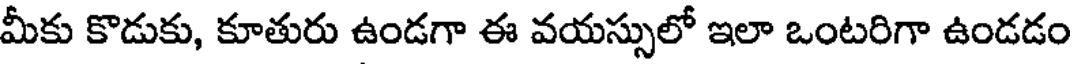
మీకు కొడుకు, కూతురు ఉండగా ఈ వయస్సులో ఇలా ఒంటరిగా ఉండడం